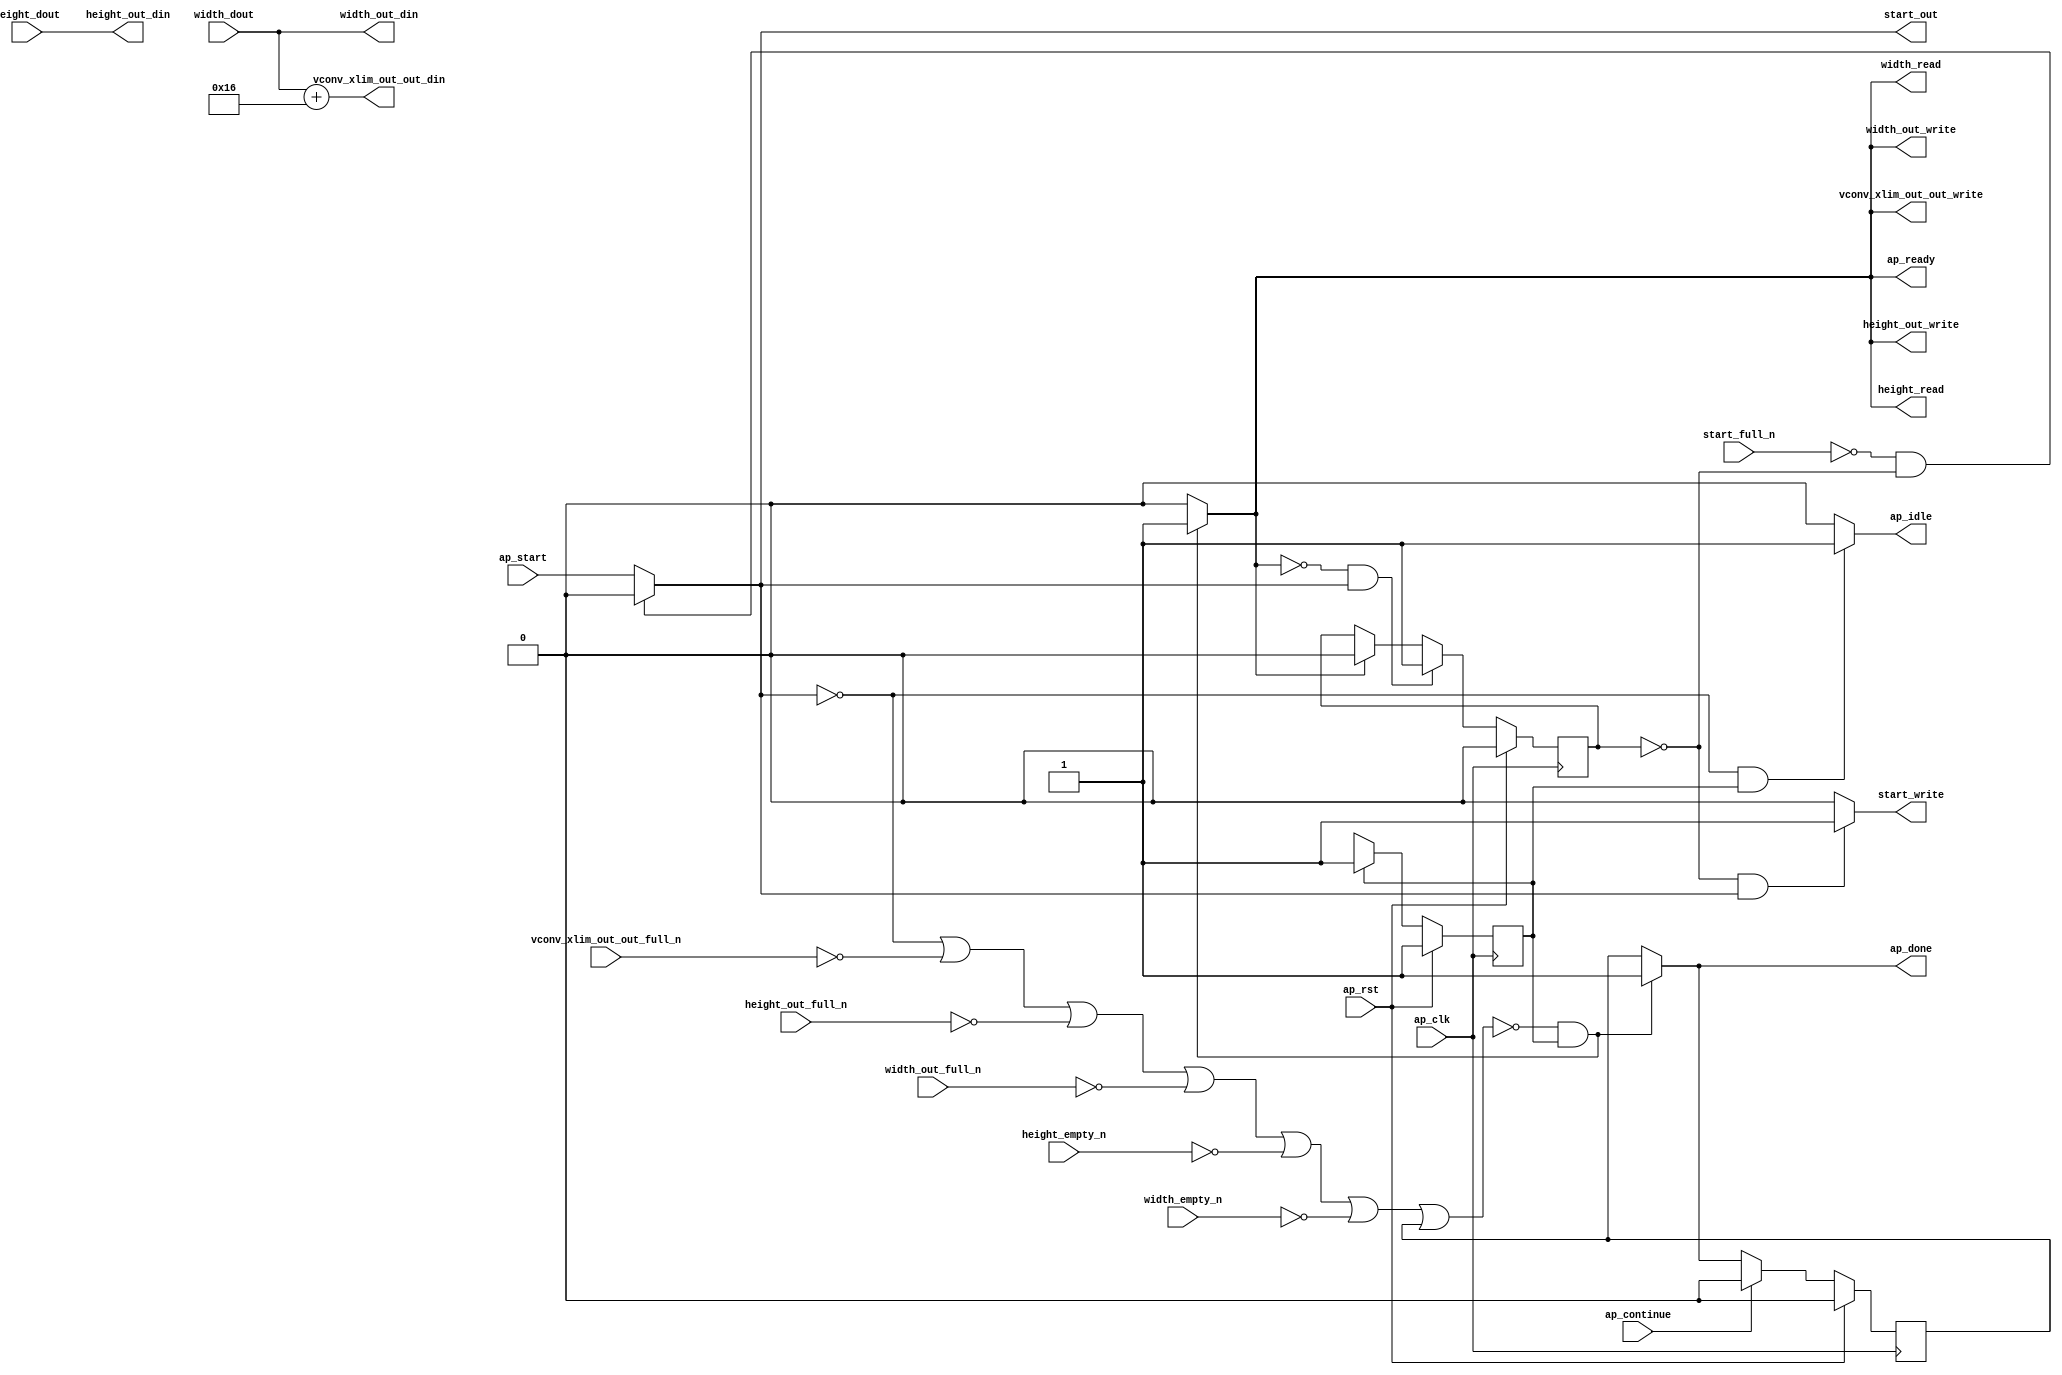
// ==============================================================
// RTL generated by Vivado(TM) HLS - High-Level Synthesis from C, C++ and OpenCL
// Version: 2019.2.1
// Copyright (C) 1986-2019 Xilinx, Inc. All Rights Reserved.
// 
// ===========================================================

`timescale 1 ns / 1 ps 

module Block_proc (
        ap_clk,
        ap_rst,
        ap_start,
        start_full_n,
        ap_done,
        ap_continue,
        ap_idle,
        ap_ready,
        start_out,
        start_write,
        width_dout,
        width_empty_n,
        width_read,
        height_dout,
        height_empty_n,
        height_read,
        width_out_din,
        width_out_full_n,
        width_out_write,
        height_out_din,
        height_out_full_n,
        height_out_write,
        vconv_xlim_out_out_din,
        vconv_xlim_out_out_full_n,
        vconv_xlim_out_out_write
);

parameter    ap_ST_fsm_state1 = 1'd1;

input   ap_clk;
input   ap_rst;
input   ap_start;
input   start_full_n;
output   ap_done;
input   ap_continue;
output   ap_idle;
output   ap_ready;
output   start_out;
output   start_write;
input  [31:0] width_dout;
input   width_empty_n;
output   width_read;
input  [31:0] height_dout;
input   height_empty_n;
output   height_read;
output  [31:0] width_out_din;
input   width_out_full_n;
output   width_out_write;
output  [31:0] height_out_din;
input   height_out_full_n;
output   height_out_write;
output  [31:0] vconv_xlim_out_out_din;
input   vconv_xlim_out_out_full_n;
output   vconv_xlim_out_out_write;

reg ap_done;
reg ap_idle;
reg start_write;
reg width_read;
reg height_read;
reg width_out_write;
reg height_out_write;
reg vconv_xlim_out_out_write;

reg    real_start;
reg    start_once_reg;
reg    ap_done_reg;
(* fsm_encoding = "none" *) reg   [0:0] ap_CS_fsm;
wire    ap_CS_fsm_state1;
reg    internal_ap_ready;
reg    width_blk_n;
reg    height_blk_n;
reg    width_out_blk_n;
reg    height_out_blk_n;
reg    vconv_xlim_out_out_blk_n;
reg    ap_block_state1;
reg   [0:0] ap_NS_fsm;

// power-on initialization
initial begin
#0 start_once_reg = 1'b0;
#0 ap_done_reg = 1'b0;
#0 ap_CS_fsm = 1'd1;
end

always @ (posedge ap_clk) begin
    if (ap_rst == 1'b1) begin
        ap_CS_fsm <= ap_ST_fsm_state1;
    end else begin
        ap_CS_fsm <= ap_NS_fsm;
    end
end

always @ (posedge ap_clk) begin
    if (ap_rst == 1'b1) begin
        ap_done_reg <= 1'b0;
    end else begin
        if ((ap_continue == 1'b1)) begin
            ap_done_reg <= 1'b0;
        end else if ((~((real_start == 1'b0) | (vconv_xlim_out_out_full_n == 1'b0) | (height_out_full_n == 1'b0) | (width_out_full_n == 1'b0) | (height_empty_n == 1'b0) | (width_empty_n == 1'b0) | (ap_done_reg == 1'b1)) & (1'b1 == ap_CS_fsm_state1))) begin
            ap_done_reg <= 1'b1;
        end
    end
end

always @ (posedge ap_clk) begin
    if (ap_rst == 1'b1) begin
        start_once_reg <= 1'b0;
    end else begin
        if (((internal_ap_ready == 1'b0) & (real_start == 1'b1))) begin
            start_once_reg <= 1'b1;
        end else if ((internal_ap_ready == 1'b1)) begin
            start_once_reg <= 1'b0;
        end
    end
end

always @ (*) begin
    if ((~((real_start == 1'b0) | (vconv_xlim_out_out_full_n == 1'b0) | (height_out_full_n == 1'b0) | (width_out_full_n == 1'b0) | (height_empty_n == 1'b0) | (width_empty_n == 1'b0) | (ap_done_reg == 1'b1)) & (1'b1 == ap_CS_fsm_state1))) begin
        ap_done = 1'b1;
    end else begin
        ap_done = ap_done_reg;
    end
end

always @ (*) begin
    if (((real_start == 1'b0) & (1'b1 == ap_CS_fsm_state1))) begin
        ap_idle = 1'b1;
    end else begin
        ap_idle = 1'b0;
    end
end

always @ (*) begin
    if ((~((real_start == 1'b0) | (ap_done_reg == 1'b1)) & (1'b1 == ap_CS_fsm_state1))) begin
        height_blk_n = height_empty_n;
    end else begin
        height_blk_n = 1'b1;
    end
end

always @ (*) begin
    if ((~((real_start == 1'b0) | (ap_done_reg == 1'b1)) & (1'b1 == ap_CS_fsm_state1))) begin
        height_out_blk_n = height_out_full_n;
    end else begin
        height_out_blk_n = 1'b1;
    end
end

always @ (*) begin
    if ((~((real_start == 1'b0) | (vconv_xlim_out_out_full_n == 1'b0) | (height_out_full_n == 1'b0) | (width_out_full_n == 1'b0) | (height_empty_n == 1'b0) | (width_empty_n == 1'b0) | (ap_done_reg == 1'b1)) & (1'b1 == ap_CS_fsm_state1))) begin
        height_out_write = 1'b1;
    end else begin
        height_out_write = 1'b0;
    end
end

always @ (*) begin
    if ((~((real_start == 1'b0) | (vconv_xlim_out_out_full_n == 1'b0) | (height_out_full_n == 1'b0) | (width_out_full_n == 1'b0) | (height_empty_n == 1'b0) | (width_empty_n == 1'b0) | (ap_done_reg == 1'b1)) & (1'b1 == ap_CS_fsm_state1))) begin
        height_read = 1'b1;
    end else begin
        height_read = 1'b0;
    end
end

always @ (*) begin
    if ((~((real_start == 1'b0) | (vconv_xlim_out_out_full_n == 1'b0) | (height_out_full_n == 1'b0) | (width_out_full_n == 1'b0) | (height_empty_n == 1'b0) | (width_empty_n == 1'b0) | (ap_done_reg == 1'b1)) & (1'b1 == ap_CS_fsm_state1))) begin
        internal_ap_ready = 1'b1;
    end else begin
        internal_ap_ready = 1'b0;
    end
end

always @ (*) begin
    if (((start_full_n == 1'b0) & (start_once_reg == 1'b0))) begin
        real_start = 1'b0;
    end else begin
        real_start = ap_start;
    end
end

always @ (*) begin
    if (((start_once_reg == 1'b0) & (real_start == 1'b1))) begin
        start_write = 1'b1;
    end else begin
        start_write = 1'b0;
    end
end

always @ (*) begin
    if ((~((real_start == 1'b0) | (ap_done_reg == 1'b1)) & (1'b1 == ap_CS_fsm_state1))) begin
        vconv_xlim_out_out_blk_n = vconv_xlim_out_out_full_n;
    end else begin
        vconv_xlim_out_out_blk_n = 1'b1;
    end
end

always @ (*) begin
    if ((~((real_start == 1'b0) | (vconv_xlim_out_out_full_n == 1'b0) | (height_out_full_n == 1'b0) | (width_out_full_n == 1'b0) | (height_empty_n == 1'b0) | (width_empty_n == 1'b0) | (ap_done_reg == 1'b1)) & (1'b1 == ap_CS_fsm_state1))) begin
        vconv_xlim_out_out_write = 1'b1;
    end else begin
        vconv_xlim_out_out_write = 1'b0;
    end
end

always @ (*) begin
    if ((~((real_start == 1'b0) | (ap_done_reg == 1'b1)) & (1'b1 == ap_CS_fsm_state1))) begin
        width_blk_n = width_empty_n;
    end else begin
        width_blk_n = 1'b1;
    end
end

always @ (*) begin
    if ((~((real_start == 1'b0) | (ap_done_reg == 1'b1)) & (1'b1 == ap_CS_fsm_state1))) begin
        width_out_blk_n = width_out_full_n;
    end else begin
        width_out_blk_n = 1'b1;
    end
end

always @ (*) begin
    if ((~((real_start == 1'b0) | (vconv_xlim_out_out_full_n == 1'b0) | (height_out_full_n == 1'b0) | (width_out_full_n == 1'b0) | (height_empty_n == 1'b0) | (width_empty_n == 1'b0) | (ap_done_reg == 1'b1)) & (1'b1 == ap_CS_fsm_state1))) begin
        width_out_write = 1'b1;
    end else begin
        width_out_write = 1'b0;
    end
end

always @ (*) begin
    if ((~((real_start == 1'b0) | (vconv_xlim_out_out_full_n == 1'b0) | (height_out_full_n == 1'b0) | (width_out_full_n == 1'b0) | (height_empty_n == 1'b0) | (width_empty_n == 1'b0) | (ap_done_reg == 1'b1)) & (1'b1 == ap_CS_fsm_state1))) begin
        width_read = 1'b1;
    end else begin
        width_read = 1'b0;
    end
end

always @ (*) begin
    case (ap_CS_fsm)
        ap_ST_fsm_state1 : begin
            ap_NS_fsm = ap_ST_fsm_state1;
        end
        default : begin
            ap_NS_fsm = 'bx;
        end
    endcase
end

assign ap_CS_fsm_state1 = ap_CS_fsm[32'd0];

always @ (*) begin
    ap_block_state1 = ((real_start == 1'b0) | (vconv_xlim_out_out_full_n == 1'b0) | (height_out_full_n == 1'b0) | (width_out_full_n == 1'b0) | (height_empty_n == 1'b0) | (width_empty_n == 1'b0) | (ap_done_reg == 1'b1));
end

assign ap_ready = internal_ap_ready;

assign height_out_din = height_dout;

assign start_out = real_start;

assign vconv_xlim_out_out_din = ($signed(width_dout) + $signed(32'd4294967286));

assign width_out_din = width_dout;

endmodule //Block_proc